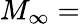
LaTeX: M_{\infty}=